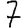
Digit: 7